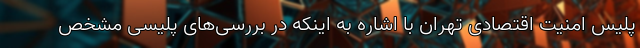
پلیس امنیت اقتصادی تهران با اشاره به اینکه در بررسی‌های پلیسی مشخص